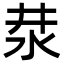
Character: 汬